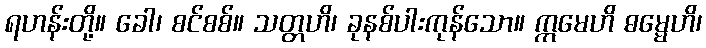
ရဟန်းတို့။ ခေါ၊ စင်စစ်။ သတ္တဟိ၊ ခုနစ်ပါးကုန်သော။ ဣမေဟိ ဓမ္မေဟိ၊